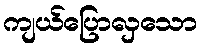
ကျယ်ပြောလှသော